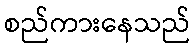
စည်ကားနေသည်